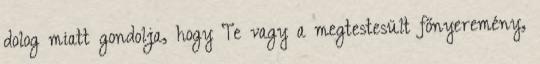
dolog miatt gondolja, hogy Te vagy a megtestesült főnyeremény,